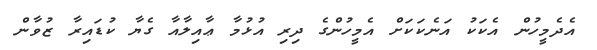
އެދެމީހުން އެކަކު އަނެކަކަށް އެމީހުންގެ ދިރި އުޅުމާ ޢާއިލާއާ ގެޔާ ކުޑައިރާ ޒުވާން